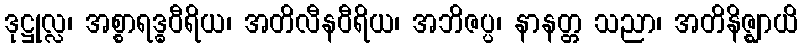
ဒုဋ္ဌုလ္လ၊ အစ္စာရဒ္ဓဝီရိယ၊ အတိလီနဝီရိယ၊ အဘိဇပ္ပ၊ နာနတ္တ သညာ၊ အတိနိဇ္ဈာယိ